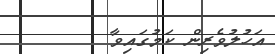
އަހުލުވެރިން ކަމުގައިވާ